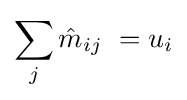
\sum _{j}{\hat {m}}_{ij}\ =u_{i}